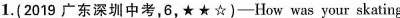
1.(2019广东深圳中考,6,★ ★☆)—How was your skating